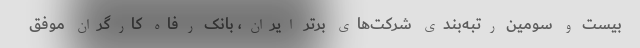
بیست و سومین رتبه‌بندی شرکت‌های برتر ایران، بانک رفاه کارگران موفق